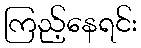
ကြည့်နေရင်း